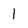
Character: 1